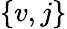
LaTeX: \{ v,j\}